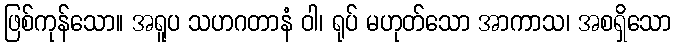
ဖြစ်ကုန်သော။ အရူပ သဟဂတာနံ ဝါ၊ ရုပ် မဟုတ်သော အာကာသ၊ အစရှိသော